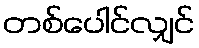
တစ်ပေါင်လျှင်